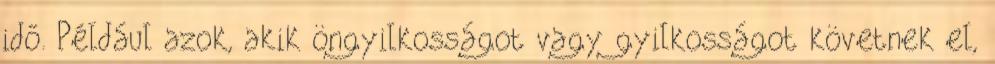
idő. Például azok, akik öngyilkosságot vagy gyilkosságot követnek el,